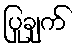
ပြုချက်